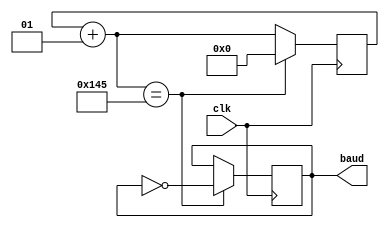
`timescale 1ns / 1ps

module baudrate_gen(
    input clk,
    output reg baud
    );
    
    integer counter;
    always @(posedge clk) begin
        counter = counter + 1;
        if (counter == 325) begin counter = 0; baud = ~baud; end 
    end
    
endmodule